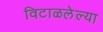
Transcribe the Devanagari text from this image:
विटाळलेल्या